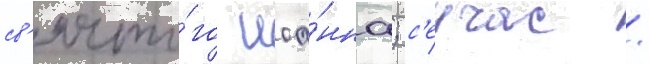
св'ято́го иоа́нна; с'еичас /